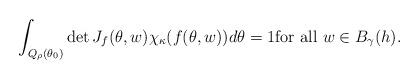
LaTeX: \begin{align*}\int_{Q_{\rho} (\theta_0) } \det J_f(\theta, w) \chi_{\kappa} (f(\theta, w)) d\theta =1\mbox{for all $w \in B_{\gamma} (h)$.}\end{align*}